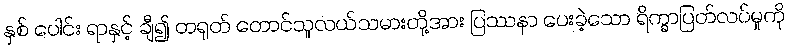
နှစ် ပေါင်း ရာနှင့် ချီ၍ တရုတ် တောင်သူလယ်သမားတို့အား ပြဿနာ ပေးခဲ့သော ရိက္ခာပြတ်လပ်မှုကို